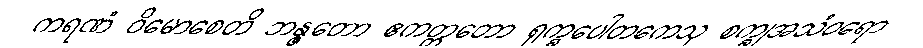
ကရဏံ ဝိမောစေတိ ဘန္ဇတော ဧကတ္တတော ရုက္ခပေါတကေသု စက္ခုအသံဝရော